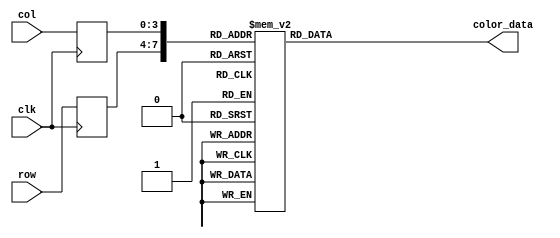
module life_full_rom
	(
		input wire clk,
		input wire [3:0] row,
		input wire [3:0] col,
		output reg [7:0] color_data
	);

	(* rom_style = "block" *)

	//signal declaration
	reg [3:0] row_reg;
	reg [3:0] col_reg;

	always @(posedge clk)
		begin
		row_reg <= row;
		col_reg <= col;
		end

	always @*
	case ({row_reg, col_reg})
		8'b00000000: color_data = 8'b10111011;
		8'b00000001: color_data = 8'b10111011;
		8'b00000010: color_data = 8'b10111011;
		8'b00000011: color_data = 8'b11111111;
		8'b00000100: color_data = 8'b11111111;
		8'b00000101: color_data = 8'b10111011;
		8'b00000110: color_data = 8'b10111011;
		8'b00000111: color_data = 8'b10111011;
		8'b00001000: color_data = 8'b10111011;
		8'b00001001: color_data = 8'b11111111;
		8'b00001010: color_data = 8'b11111111;
		8'b00001011: color_data = 8'b10111011;
		8'b00001100: color_data = 8'b10111011;
		8'b00001101: color_data = 8'b10111011;

		8'b00010000: color_data = 8'b10111011;
		8'b00010001: color_data = 8'b10111011;
		8'b00010010: color_data = 8'b11111111;
		8'b00010011: color_data = 8'b11100101;
		8'b00010100: color_data = 8'b11100101;
		8'b00010101: color_data = 8'b11111111;
		8'b00010110: color_data = 8'b10111011;
		8'b00010111: color_data = 8'b10111011;
		8'b00011000: color_data = 8'b11111111;
		8'b00011001: color_data = 8'b11100101;
		8'b00011010: color_data = 8'b11100101;
		8'b00011011: color_data = 8'b11111111;
		8'b00011100: color_data = 8'b10111011;
		8'b00011101: color_data = 8'b10111011;

		8'b00100000: color_data = 8'b10111011;
		8'b00100001: color_data = 8'b11111111;
		8'b00100010: color_data = 8'b11100101;
		8'b00100011: color_data = 8'b11100101;
		8'b00100100: color_data = 8'b11100101;
		8'b00100101: color_data = 8'b11100101;
		8'b00100110: color_data = 8'b11111111;
		8'b00100111: color_data = 8'b11111111;
		8'b00101000: color_data = 8'b11100101;
		8'b00101001: color_data = 8'b11100101;
		8'b00101010: color_data = 8'b11100101;
		8'b00101011: color_data = 8'b11100101;
		8'b00101100: color_data = 8'b11111111;
		8'b00101101: color_data = 8'b10111011;

		8'b00110000: color_data = 8'b10111011;
		8'b00110001: color_data = 8'b11111111;
		8'b00110010: color_data = 8'b11100101;
		8'b00110011: color_data = 8'b11100101;
		8'b00110100: color_data = 8'b11100101;
		8'b00110101: color_data = 8'b11100101;
		8'b00110110: color_data = 8'b11100101;
		8'b00110111: color_data = 8'b11100101;
		8'b00111000: color_data = 8'b11100101;
		8'b00111001: color_data = 8'b11100101;
		8'b00111010: color_data = 8'b11100101;
		8'b00111011: color_data = 8'b11100101;
		8'b00111100: color_data = 8'b11111111;
		8'b00111101: color_data = 8'b10111011;

		8'b01000000: color_data = 8'b10111011;
		8'b01000001: color_data = 8'b11111111;
		8'b01000010: color_data = 8'b11100101;
		8'b01000011: color_data = 8'b11100101;
		8'b01000100: color_data = 8'b11100101;
		8'b01000101: color_data = 8'b11100101;
		8'b01000110: color_data = 8'b11100101;
		8'b01000111: color_data = 8'b11100101;
		8'b01001000: color_data = 8'b11100101;
		8'b01001001: color_data = 8'b11100101;
		8'b01001010: color_data = 8'b11100101;
		8'b01001011: color_data = 8'b11100101;
		8'b01001100: color_data = 8'b11111111;
		8'b01001101: color_data = 8'b10111011;

		8'b01010000: color_data = 8'b10111011;
		8'b01010001: color_data = 8'b10111011;
		8'b01010010: color_data = 8'b11111111;
		8'b01010011: color_data = 8'b11100101;
		8'b01010100: color_data = 8'b11100101;
		8'b01010101: color_data = 8'b11100101;
		8'b01010110: color_data = 8'b11100101;
		8'b01010111: color_data = 8'b11100101;
		8'b01011000: color_data = 8'b11100101;
		8'b01011001: color_data = 8'b11100101;
		8'b01011010: color_data = 8'b11100101;
		8'b01011011: color_data = 8'b11111111;
		8'b01011100: color_data = 8'b10111011;
		8'b01011101: color_data = 8'b10111011;

		8'b01100000: color_data = 8'b10111011;
		8'b01100001: color_data = 8'b10111011;
		8'b01100010: color_data = 8'b10111011;
		8'b01100011: color_data = 8'b11111111;
		8'b01100100: color_data = 8'b11100101;
		8'b01100101: color_data = 8'b11100101;
		8'b01100110: color_data = 8'b11100101;
		8'b01100111: color_data = 8'b11100101;
		8'b01101000: color_data = 8'b11100101;
		8'b01101001: color_data = 8'b11100101;
		8'b01101010: color_data = 8'b11111111;
		8'b01101011: color_data = 8'b10111011;
		8'b01101100: color_data = 8'b10111011;
		8'b01101101: color_data = 8'b10111011;

		8'b01110000: color_data = 8'b10111011;
		8'b01110001: color_data = 8'b10111011;
		8'b01110010: color_data = 8'b10111011;
		8'b01110011: color_data = 8'b10111011;
		8'b01110100: color_data = 8'b11111111;
		8'b01110101: color_data = 8'b11100101;
		8'b01110110: color_data = 8'b11100101;
		8'b01110111: color_data = 8'b11100101;
		8'b01111000: color_data = 8'b11100101;
		8'b01111001: color_data = 8'b11111111;
		8'b01111010: color_data = 8'b10111011;
		8'b01111011: color_data = 8'b10111011;
		8'b01111100: color_data = 8'b10111011;
		8'b01111101: color_data = 8'b10111011;

		8'b10000000: color_data = 8'b10111011;
		8'b10000001: color_data = 8'b10111011;
		8'b10000010: color_data = 8'b10111011;
		8'b10000011: color_data = 8'b10111011;
		8'b10000100: color_data = 8'b10111011;
		8'b10000101: color_data = 8'b11111111;
		8'b10000110: color_data = 8'b11100101;
		8'b10000111: color_data = 8'b11100101;
		8'b10001000: color_data = 8'b11111111;
		8'b10001001: color_data = 8'b10111011;
		8'b10001010: color_data = 8'b10111011;
		8'b10001011: color_data = 8'b10111011;
		8'b10001100: color_data = 8'b10111011;
		8'b10001101: color_data = 8'b10111011;

		8'b10010000: color_data = 8'b10111011;
		8'b10010001: color_data = 8'b10111011;
		8'b10010010: color_data = 8'b10111011;
		8'b10010011: color_data = 8'b10111011;
		8'b10010100: color_data = 8'b10111011;
		8'b10010101: color_data = 8'b10111011;
		8'b10010110: color_data = 8'b11111111;
		8'b10010111: color_data = 8'b11111111;
		8'b10011000: color_data = 8'b10111011;
		8'b10011001: color_data = 8'b10111011;
		8'b10011010: color_data = 8'b10111011;
		8'b10011011: color_data = 8'b10111011;
		8'b10011100: color_data = 8'b10111011;
		8'b10011101: color_data = 8'b10111011;

		default: color_data = 12'b00000000;
	endcase
endmodule